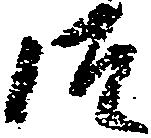
御